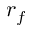
r _ { f }